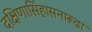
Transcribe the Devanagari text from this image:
दक्षिणासिंहासनारूढा